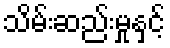
သိမ်းဆည်းမှုနှင့်